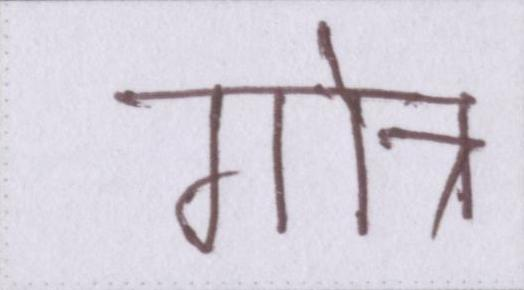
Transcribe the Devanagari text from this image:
गोत्र